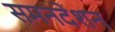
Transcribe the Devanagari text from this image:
समनदेशन